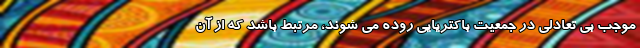
موجب بی تعادلی در جمعیت باکتریایی روده می شوند، مرتبط باشد که از آن